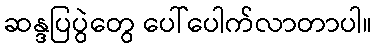
ဆန္ဒပြပွဲတွေ ပေါ်ပေါက်လာတာပါ။